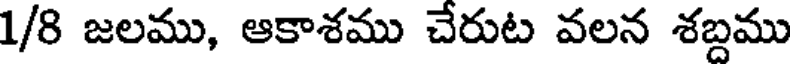
1/8 జలము, ఆకాశము చేరుట వలన శబ్దము